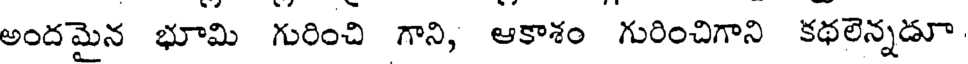
అందమైన భూమి గురించి గాని, ఆకాశం గురించిగాని కథలెన్నడూ